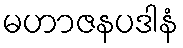
မဟာဇနပဒါနံ